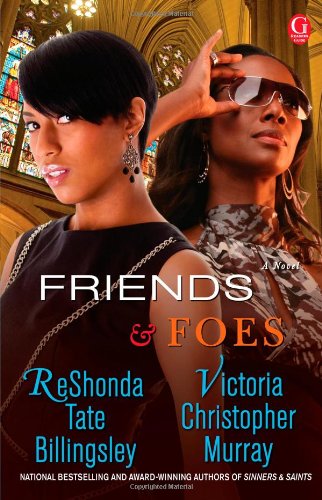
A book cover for Friends & Foes; ReShonda Tate Billingsley; Literature & Fiction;